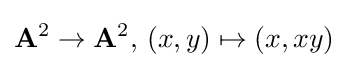
\mathbf {A} ^{2}\to \mathbf {A} ^{2},\,(x,y)\mapsto (x,xy)